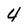
Character: 4